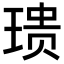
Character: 𪻺